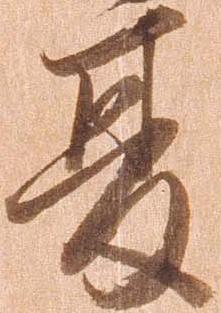
夏